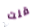
قلت